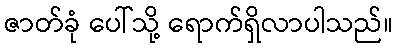
ဇာတ်ခုံ ပေါ်သို့ ရောက်ရှိလာပါသည်။